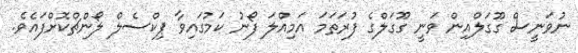
ނުވަނީސް ގޫގަލްއިން ވަނީ ގޫގަލްގެ ފުރަތަމަ އަމިއްލަ ފޯނު ކަމުގައިވާ ޕިކްސެލް ލޯންޗްކޮށްފައެވެ.